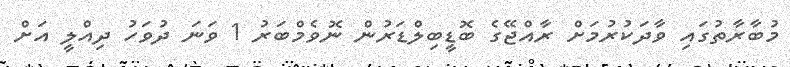
މުބާރާތުގައި ވާދަކުރުމަށް ރާއްޖޭގެ ބޮޑީބިލްޑަރުން ނޮވެމްބަރު 1 ވަނަ ދުވަހު ދިއްލީ އަށް